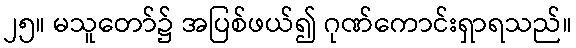
၂၅။ မသူတော်၌ အပြစ်ဖယ်၍ ဂုဏ်ကောင်းရှာရသည်။